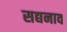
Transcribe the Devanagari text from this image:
सद्यनाव